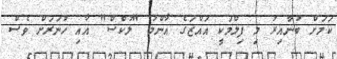
ކަމަށް ބުނާއިރު މި ފިލްމަކީ އައްޒަގެ އާންމު "ލުކްސް" އާއި ހުނަރަށް ވެސް